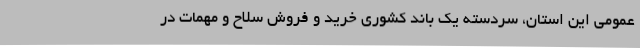
عمومی این استان، سردسته یک باند کشوری خرید و فروش سلاح و مهمات در